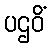
ပဌဝိံ